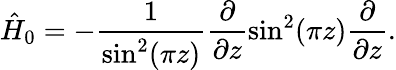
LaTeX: \hat{H}_{0}=-\frac{1}{\mathrm{sin}^{2}(\pi z)}\frac{\partial}{\partial z}\mathrm{sin}^{2}(\pi z)\frac{\partial}{\partial z}.